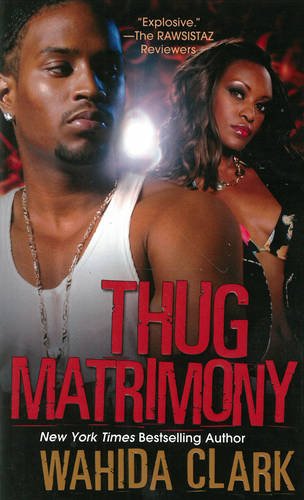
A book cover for Thug Matrimony; Wahida Clark; Literature & Fiction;